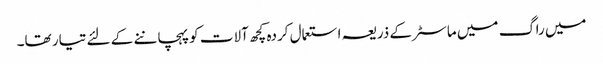
میں راگ میں ماسٹر کے ذریعہ استعمال کردہ کچھ آلات کو پہچاننے کے لئے تیار تھا۔